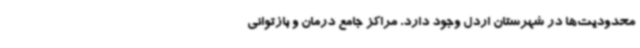
محدودیت‌ها در شهرستان اردل وجود دارد. مراکز جامع درمان و بازتوانی